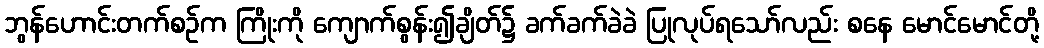
ဘွန်ဟောင်းတက်စဉ်က ကြိုးကို ကျောက်စွန်း၍ချိတ်၌ ခက်ခက်ခဲခဲ ပြုလုပ်ရသော်လည်း စနေ မောင်မောင်တို့